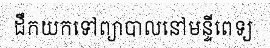
ដឹកយកទៅព្យាបាលនៅមន្ទីពេទ្យ